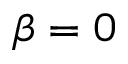
\beta = 0